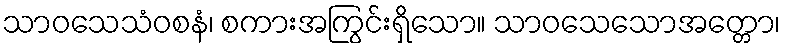
သာဝသေသံဝစနံ၊ စကားအကြွင်းရှိသော။ သာဝသေသောအတ္တော၊